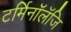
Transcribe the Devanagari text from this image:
टर्मिनॉलॅजि